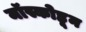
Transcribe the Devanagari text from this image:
मॉस्कोहून